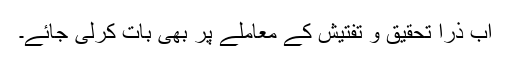
اب ذرا تحقیق و تفتیش کے معاملے پر بھی بات کرلی جائے۔